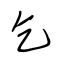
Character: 乞